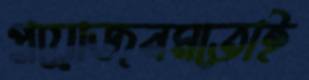
প্রয়োজনমতোই